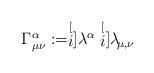
LaTeX: \begin{align*} \Gamma ^{\alpha}_{\mu \nu}:= \stackrel[i]{}{\lambda}^{\alpha} \stackrel[i]{}{\lambda} \,_{\!\!\!\mu,\nu}\end{align*}